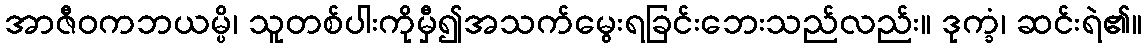
အာဇီဝကဘယမ္ပိ၊ သူတစ်ပါးကိုမှီ၍အသက်မွေးရခြင်းဘေးသည်လည်း။ ဒုက္ခံ၊ ဆင်းရဲ၏။